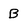
Character: B